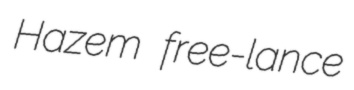
Hazem free-lance